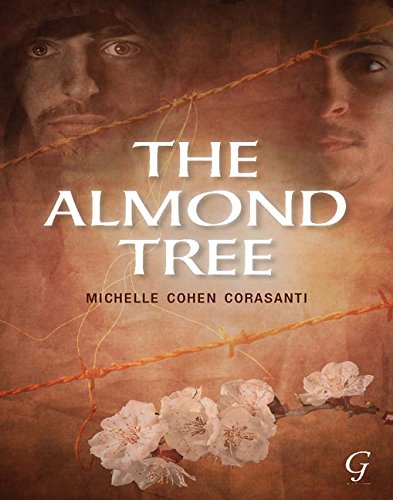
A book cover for The Almond Tree; Michelle Cohen Corasanti; Literature & Fiction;